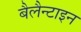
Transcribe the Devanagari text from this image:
बैलैन्टाइन